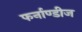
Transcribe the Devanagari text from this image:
फर्नाण्डीज